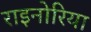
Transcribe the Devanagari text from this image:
राइनोरिया